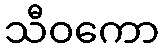
သီဝကော